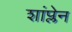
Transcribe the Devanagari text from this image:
शांप्लेन